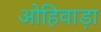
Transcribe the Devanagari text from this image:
ओहिवाड़ा